Development of the Leishman-Donovan parasite in Cimex rotundatus - Number 31
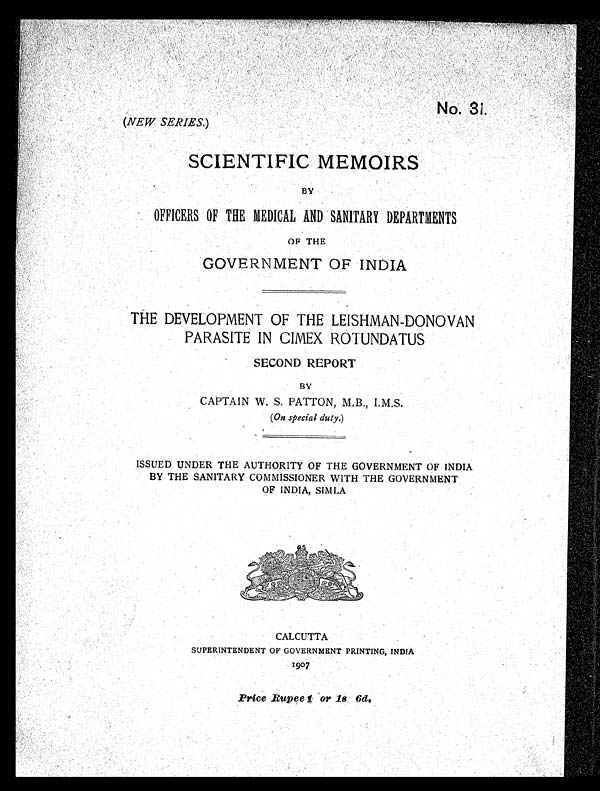
No. 31.
(NEW SERIES.)
SCIENTIFIC MEMOIRS
BY
OFFICERS OF THE MEDICAL AND SANITARY DEPARTMENTS
OF THE
GOVERNMENT OF INDIA
THE DEVELOPMENT OF THE LEISHMAN-DONOVAN
PARASITE IN CIMEX ROTUNDATUS
SECOND REPORT
BY
CAPTAIN W. S. PATTON, M.B., I.M.S.
(On special duty.)
ISSUED UNDER THE AUTHORITY OF THE GOVERNMENT OF INDIA
BY THE SANITARY COMMISSIONER WITH THE GOVERNMENT
OF INDIA, SIMLA
CALCUTTA
SUPERINTENDENT OF GOVERNMENT PRINTING, INDIA
1907
Price Rupee 1 or 1s 6d.